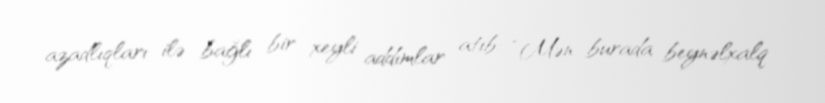
azadlıqları ilə bağlı bir xeyli addımlar atıb: “Mən burada beynəlxalq